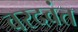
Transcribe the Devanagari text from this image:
वरदवंत